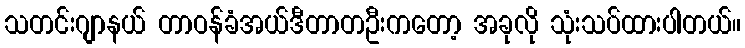
သတင်းဂျာနယ် တာဝန်ခံအယ်ဒီတာတဦးကတော့ အခုလို သုံးသပ်ထားပါတယ်။